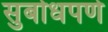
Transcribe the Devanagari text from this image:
सुबोधपणे